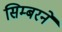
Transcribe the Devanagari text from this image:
सिम्बरने